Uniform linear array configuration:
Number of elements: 16
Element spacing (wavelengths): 0.25
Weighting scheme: cosine
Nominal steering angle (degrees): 45
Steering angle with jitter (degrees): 46.863
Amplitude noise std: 0.05
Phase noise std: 0.05

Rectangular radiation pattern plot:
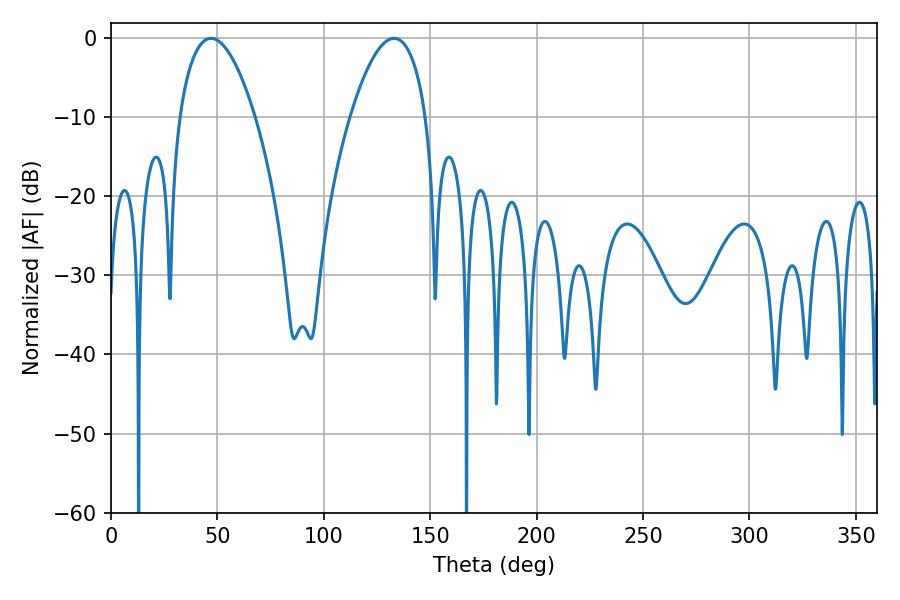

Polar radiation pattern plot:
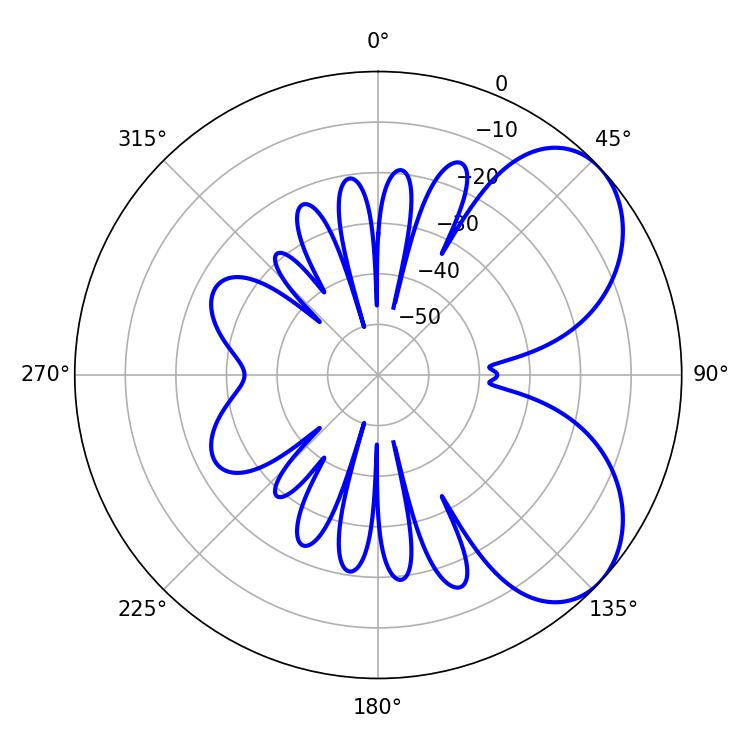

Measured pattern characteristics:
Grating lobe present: FALSE
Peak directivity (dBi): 5.652
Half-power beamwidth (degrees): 19.8
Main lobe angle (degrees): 46.98